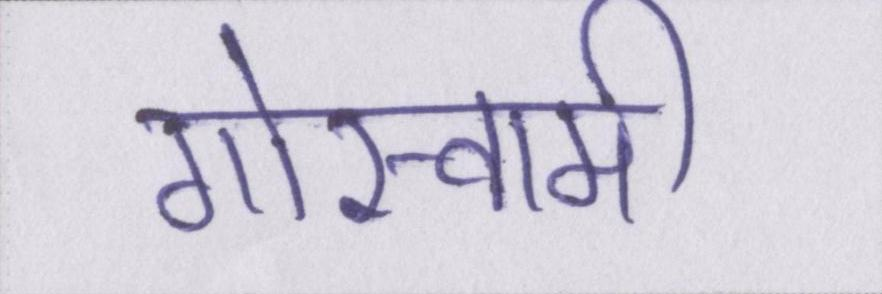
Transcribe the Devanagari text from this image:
गोस्वामी